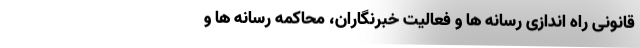
قانونی راه اندازی رسانه ها و فعالیت خبرنگاران، محاکمه رسانه ها و